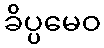
ခိပ္ပမေဝ